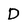
Character: D